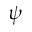
\psi